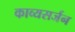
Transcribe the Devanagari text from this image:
काव्यसर्जन